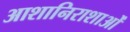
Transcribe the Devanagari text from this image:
आशानिराशाओं